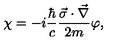
\chi = - i \frac { \hbar } { c } \frac { \vec { \sigma } \cdot \vec { \nabla } } { 2 m } \varphi { , }